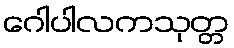
ဂေါပါလကသုတ္တ